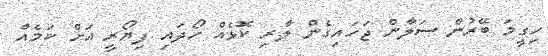
ހިގީމަ ބޭރުން ސަލާން ޖަހައިގެން ލާރި ކޮޅެއް ހޯދައި ފިޔޯރީ އަށް ކަމެއް